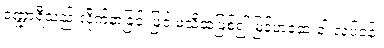
ဒဏ္ဍာရီသည် လိုက်နာခြင်းဖြင့် မသိဆဲဖြစ်၍ မြန်မာ့ဆေးဝါးလုပ်ငန်း